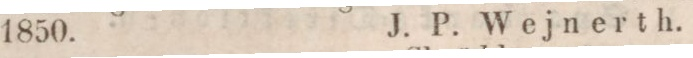
1850.    J. P. Wejnerth.